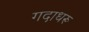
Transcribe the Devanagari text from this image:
गदाधरू